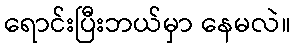
ရောင်းပြီးဘယ်မှာ နေမလဲ။